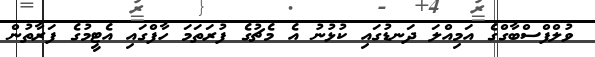
ވުލްފްސްބާގްގެ އަމިއްލަ ދަނޑުގައި ކުޅުނު އެ މެޗުގެ ފުރަތަމަ ހާފްގައި އެޓީމުގެ ފަރާތުން